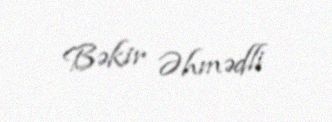
Bəkir Əhmədli